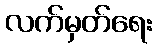
လက်မှတ်ရေး